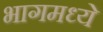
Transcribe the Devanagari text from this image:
भागमध्ये